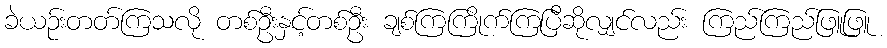
ခဲယဉ်းတတ်ကြသလို တစ်ဦးနှင့်တစ်ဦး ချစ်ကြကြိုက်ကြပြီဆိုလျှင်လည်း ကြည်ကြည်ဖြူဖြူ